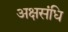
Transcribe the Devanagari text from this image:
अक्षसंधि